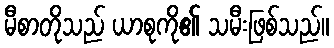
မီစာတိုသည် ယာစုကို၏ သမီးဖြစ်သည်။